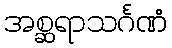
အစ္ဆရာသင်္ဂဏံ